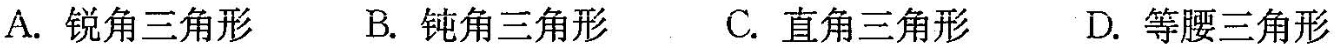
A.锐角三角形 B.钝角三角形 C.直角三角形 D.等腰三角形